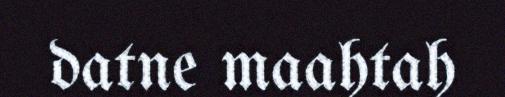
datne maahtah